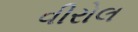
વીરોલ